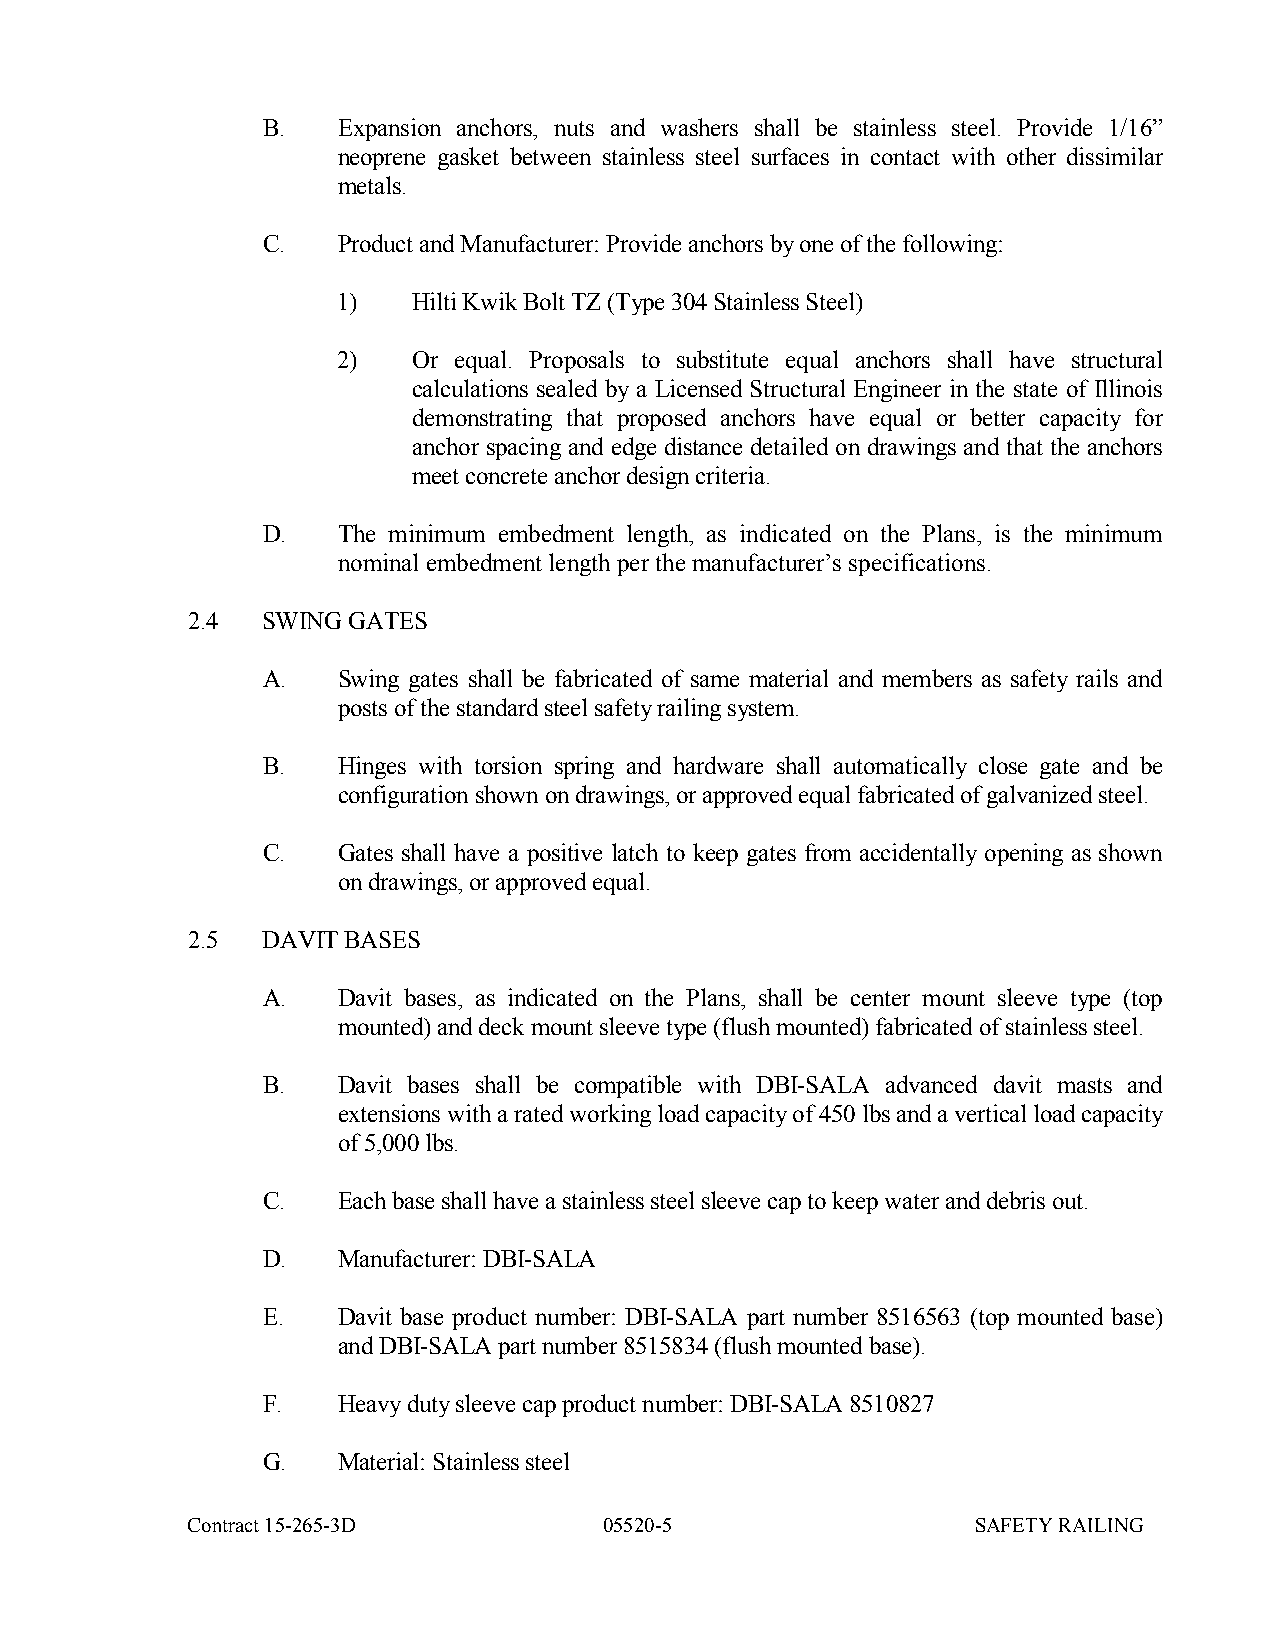
B.   Expansion anchors, nuts and washers shall be stainless steel. Provide 1/16”
 neoprene gasket between stainless steel surfaces in contact with other dissimilar
 metals.
 C.   Product and Manufacturer: Provide anchors by one of the following:
 1)   Hilti Kwik Bolt TZ (Type 304 Stainless Steel)
 2)   Or equal. Proposals to substitute equal anchors shall have structural
 calculations sealed by a Licensed Structural Engineer in the state of Illinois
 demonstrating that proposed anchors have equal or better capacity for
 anchor spacing and edge distance detailed on drawings and that the anchors
 meet concrete anchor design criteria.
 D.   The minimum embedment length, as indicated on the Plans, is the minimum
 nominal embedment length per the manufacturer’s specifications.
 2.4  SWING GATES
 A.   Swing gates shall be fabricated of same material and members as safety rails and
 posts of the standard steel safety railing system.
 B.   Hinges with torsion spring and hardware shall automatically close gate and be
 configuration shown on drawings, or approved equal fabricated of galvanized steel.
 C.   Gates shall have a positive latch to keep gates from accidentally opening as shown
 on drawings, or approved equal.
 2.5  DAVIT BASES
 A.   Davit bases, as indicated on the Plans, shall be center mount sleeve type (top
 mounted) and deck mount sleeve type (flush mounted) fabricated of stainless steel.
 B.   Davit bases shall be compatible with DBI-SALA advanced davit masts and
 extensions with a rated working load capacity of 450 lbs and a vertical load capacity
 of 5,000 lbs.
 C.   Each base shall have a stainless steel sleeve cap to keep water and debris out.
 D.   Manufacturer: DBI-SALA
 E.   Davit base product number: DBI-SALA part number 8516563 (top mounted base)
 and DBI-SALA part number 8515834 (flush mounted base).
 F.   Heavy duty sleeve cap product number: DBI-SALA 8510827
 G.   Material: Stainless steel
 Contract 15-265-3D          05520-5                  SAFETY RAILING